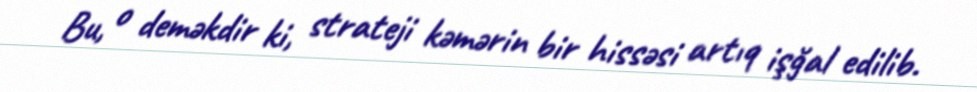
Bu, o deməkdir ki, strateji kəmərin bir hissəsi artıq işğal edilib.